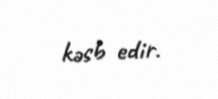
kəsb edir.